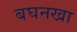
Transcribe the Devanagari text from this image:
बघनखा